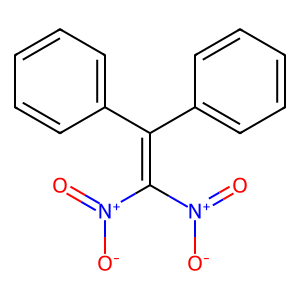
SMILES: O=[N+]([O-])C(=C(c1ccccc1)c1ccccc1)[N+](=O)[O-]
Inhibits HIV replication: No